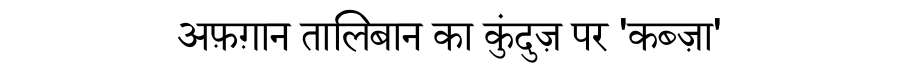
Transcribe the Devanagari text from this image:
अफ़ग़ान तालिबान का कुंदुज़ पर 'कब्ज़ा'